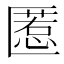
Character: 𱑌